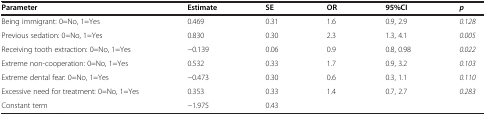
<table><thead><tr><td><b>Parameter</b></td><td><b>Estimate</b></td><td><b>SE</b></td><td><b>OR</b></td><td><b>95%CI</b></td><td><b><i>p</i></b></td></tr></thead><tbody><tr><td>Being immigrant: 0=No, 1=Yes</td><td>0.469</td><td>0.31</td><td>1.6</td><td>0.9, 2.9</td><td><i>0.128</i></td></tr><tr><td>Previous sedation: 0=No, 1=Yes</td><td>0.830</td><td>0.30</td><td>2.3</td><td>1.3, 4.1</td><td><i>0.005</i></td></tr><tr><td>Receiving tooth extraction: 0=No, 1=Yes</td><td>−0.139</td><td>0.06</td><td>0.9</td><td>0.8, 0.98</td><td><i>0.022</i></td></tr><tr><td>Extreme non-cooperation: 0=No, 1=Yes</td><td>0.532</td><td>0.33</td><td>1.7</td><td>0.9, 3.2</td><td><i>0.103</i></td></tr><tr><td>Extreme dental fear: 0=No, 1=Yes</td><td>−0.473</td><td>0.30</td><td>0.6</td><td>0.3, 1.1</td><td><i>0.110</i></td></tr><tr><td>Excessive need for treatment: 0=No, 1=Yes</td><td>0.353</td><td>0.33</td><td>1.4</td><td>0.7, 2.7</td><td><i>0.283</i></td></tr><tr><td>Constant term</td><td>−1.975</td><td>0.43</td><td> </td><td> </td><td> </td></tr></tbody></table>